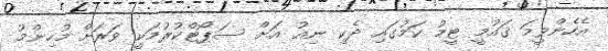
އެހެންވީމަ ގައުމީ ޓީމު ކަމުގައި ދެކި ނިއު އަށް ސަޕޯޓްކުރުމަކީ ވަރަށް މުހިންމު